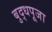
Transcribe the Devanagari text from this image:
बुद्धपूजा